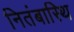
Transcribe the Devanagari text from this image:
नितंबास्थि